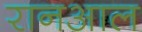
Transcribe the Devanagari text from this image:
रानआल